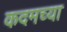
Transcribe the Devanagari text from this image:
कदमच्या